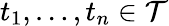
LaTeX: t_{1},\ldots,t_{n}\in{\mathcal{T}}